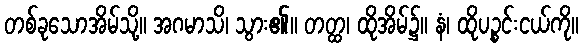
တစ်ခုသောအိမ်သို့။ အဂမာသိ၊ သွား၏။ တတ္ထ၊ ထိုအိမ်၌။ နံ၊ ထိုပဉ္စင်းငယ်ကို။